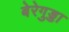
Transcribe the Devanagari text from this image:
बेरेगुड्डा